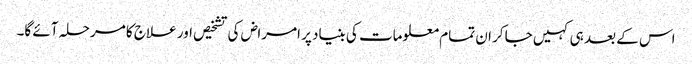
اس کے بعد ہی کہیں جاکر ان تمام معلومات کی بنیاد پر امراض کی تشخیص اور علاج کا مرحلہ آئے گا۔